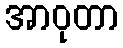
အာဝုတာ